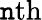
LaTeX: \mathtt{n}\mathrm{{th}}